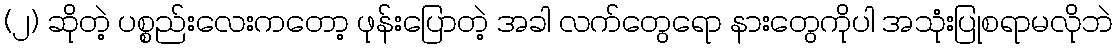
(၂) ဆိုတဲ့ ပစ္စည်းလေးကတော့ ဖုန်းပြောတဲ့ အခါ လက်တွေရော နားတွေကိုပါ အသုံးပြုစရာမလိုဘဲ